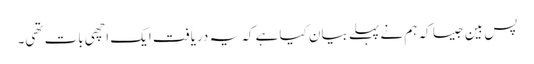
پس بین جیسا کہ ہم نے پہلے بیان کیا ہے کہ یہ دریافت ایک اچھی بات تھی۔